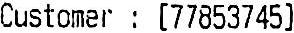
CUSTOMER : [77853745]